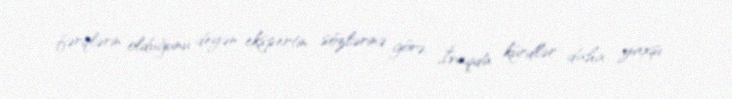
fərqlərin olduğunu deyən ekspertin sözlərinə görə, İraqda kürdlər daha yaxşı